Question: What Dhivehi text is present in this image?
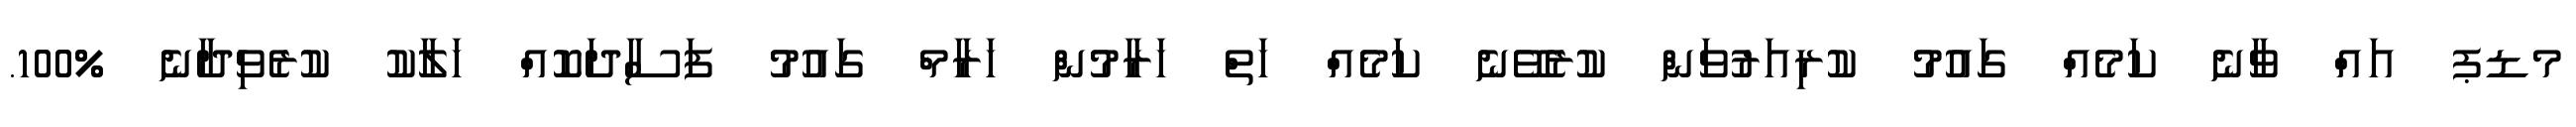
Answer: މޑޕ އައް ވާނެ ކަމެއް ގައުމު ކުރިއަރުވަން ކުރެވޭނެ ކަމެއް ހަތް ހަރާމުން ހަރާމް ގައުމު ފަސާދަކޮއް ހަލާކު ކުރެވިދާނެ %100.